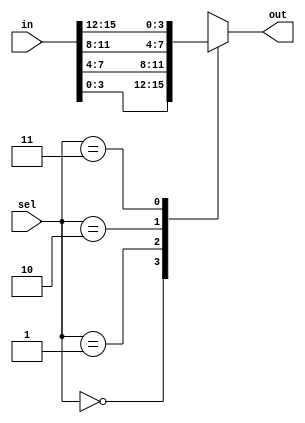
`timescale 1ns / 1ps
//////////////////////////////////////////////////////////////////////////////////
// Company: 
// Engineer: 
// 
// Design Name: 
// Module Name: bitSlicer
// Project Name: 
// Target Devices: 
// Tool Versions: 
// Description: 
// 
// Dependencies: 
// 
// Revision:
// Revision 0.01 - File Created
// Additional Comments:
// 
//////////////////////////////////////////////////////////////////////////////////


module bitSlicer(
    output reg [3:0] out,
    input [15:0] in,
    input [1:0] sel
);
always @(sel, in)
    case (sel)
        0 : out = in[3:0];
        1 : out = in[7:4];
        2 : out = in[11:8];
        3 : out = in[15:12];
    endcase
endmodule